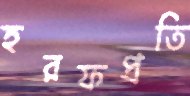
হরফপ্রতি